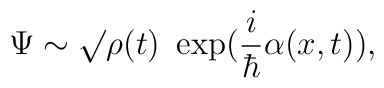
\Psi \sim \surd \rho(t)~ \exp (\frac{i}{\hbar} \alpha(x,t)) ,